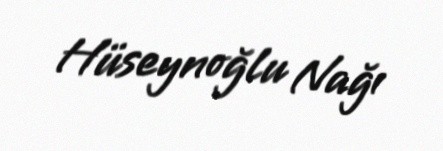
Hüseynoğlu Nağı